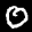
Label: 0